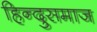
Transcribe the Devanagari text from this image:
हिन्दुसमाज